Annual report of the Punjab Veterinary College and of the Civil Veterinary Department, Punjab - 1926-1932
Year: 1926
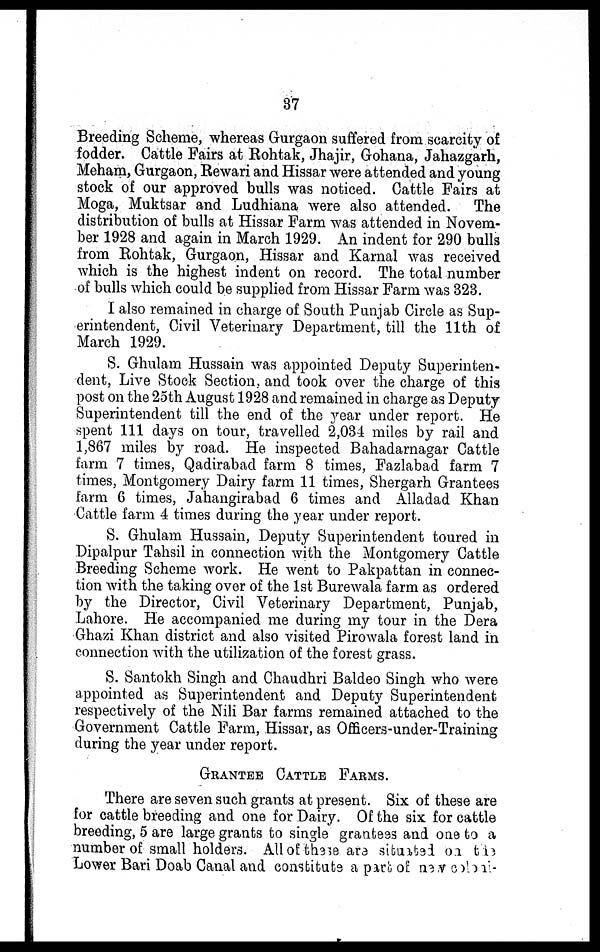
37
Breeding Scheme, whereas Gurgaon suffered from scarcity of
fodder. Cattle Fairs at Rohtak, Jhajir, Gohana, Jahazgarh,
Meham, Gurgaon, Rewari and Hissar were attended and young
stock of our approved bulls was noticed. Cattle Fairs at
Moga, Muktsar and Ludhiana were also attended.
The
distribution of bulls at Hissar Farm was attended in Novem-
ber 1928 and again in March 1929. An indent for 290 bulls
from Rohtak, Gurgaon, Hissar and Karnal was received
which is the highest indent on record. The total number
of bulls which could be supplied from Hissar Farm was 323.
I also remained in charge of South Punjab Circle as Sup-
erintendent, Civil Veterinary Department, till the 11th of
March 1929.
S. Ghulam Hussain was appointed Deputy Superinten-
dent, Live Stock Section, and took over the charge of this
post on the 25th August 1928 and remained in charge as Deputy
Superintendent till the end of the year under report. He
spent 111 days on tour, travelled 2,034 miles by rail and
1,867 miles by road. He inspected Bahadarnagar Cattle
farm 7 times, Qadirabad farm 8 times, Fazlabad farm 7
times, Montgomery Dairy farm 11 times, Shergarh Grantees
farm 6 times, Jahangirabad 6 times and Alladad Khan
Cattle farm 4 times during the year under report.
S. Ghulam Hussain, Deputy Superintendent toured in
Dipalpur Tahsil in connection with the Montgomery Cattle
Breeding Scheme work. He went to Pakpattan in connec-
tion with the taking over of the 1st Burewala farm as ordered
by the Director, Civil Veterinary Department, Punjab,
Lahore. He accompanied me during my tour in the Dera
Ghazi Khan district and also visited Pirowala forest land in
connection with the utilization of the forest grass.
S. Santokh Singh and Chaudhri Baldeo Singh who were
appointed as Superintendent and Deputy Superintendent
respectively of the Nili Bar farms remained attached to the
Government Cattle Farm, Hissar, as Officers-under-Training
during the year under report.
GRANTEE CATTLE FARMS.
There are seven such grants at present. Six of these are
for cattle breeding and one for Dairy. Of the six for cattle
breeding, 5 are large grants to single grantees and one to a
number of small holders. All of these are situated on the
Lower Bari Doab Canal and constitute a part of new coloni-